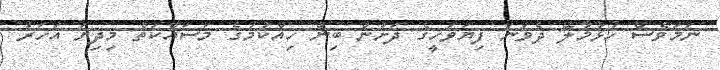
ނަމަވެސް ހުޅުމާލޭ ދެވަނަ ފިޔަވަހީގެ ދަށުން ބިން ހިއްކުމުގެ މަސައްކަތް މިދިޔަ އަހަރު